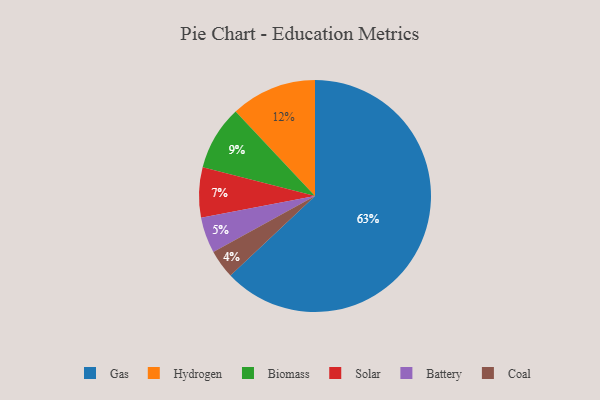
{"axis": {"x": "Category", "y": "Percentage"}, "legend": ["Battery", "Biomass", "Coal", "Gas", "Hydrogen", "Solar"], "data": [{"x": "Hydrogen", "y": 12, "type": "Hydrogen"}, {"x": "Solar", "y": 7, "type": "Solar"}, {"x": "Coal", "y": 4, "type": "Coal"}, {"x": "Battery", "y": 5, "type": "Battery"}, {"x": "Gas", "y": 63, "type": "Gas"}, {"x": "Biomass", "y": 9, "type": "Biomass"}]}